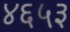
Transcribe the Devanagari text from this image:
४६५३